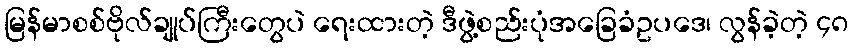
မြန်မာစစ်ဗိုလ်ချုပ်ကြီးတွေပဲ ရေးထားတဲ့ ဒီဖွဲ့စည်းပုံအခြေခံဥပဒေ၊ လွန်ခဲ့တဲ့ ၄၈